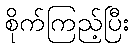
စိုက်ကြည့်ပြီး